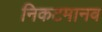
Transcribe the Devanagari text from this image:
निकटमानव